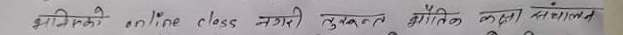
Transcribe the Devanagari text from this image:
झिमीको online class नगरी तुरुन्त शैक्षिक कक्षा सञ्चालन